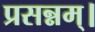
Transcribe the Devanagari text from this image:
प्रसन्नम्‌।